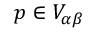
p \in V _ { \alpha \beta }